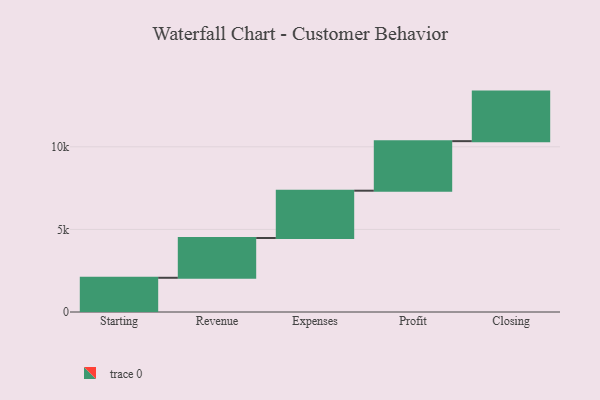
{"axis": {"x": "Step", "y": "Value"}, "legend": [""], "data": [{"x": "Starting", "y": 2072.0, "type": ""}, {"x": "Revenue", "y": 2408.0, "type": ""}, {"x": "Expenses", "y": 2865.0, "type": ""}, {"x": "Profit", "y": 3000, "type": ""}, {"x": "Closing", "y": 3000, "type": ""}]}